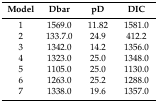
| Model | Dbar | pD | DIC |
 | --- | --- | --- | --- |
 | 1 | 1569.0 | 11.82 | 1581.0 |
 | 2 | 133.7.0 | 24.9 | 412.2 |
 | 3 | 1342.0 | 14.2 | 1356.0 |
 | 4 | 1323.0 | 25.0 | 1348.0 |
 | 5 | 1105.0 | 25.0 | 1130.0 |
 | 6 | 1263.0 | 25.2 | 1288.0 |
 | 7 | 1338.0 | 19.6 | 1357.0 |